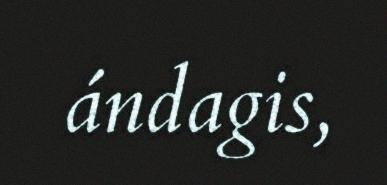
ándagis,